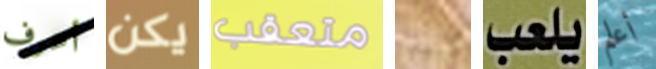
أعرف يكن متعقب بهذا يلعب أعلم